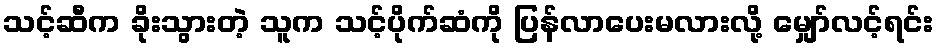
သင့်ဆီက ခိုးသွားတဲ့ သူက သင့်ပိုက်ဆံကို ပြန်လာပေးမလားလို့ မျှော်လင့်ရင်း